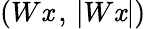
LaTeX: (W\mathit{x}\, ,\, |W\mathit{x}|)